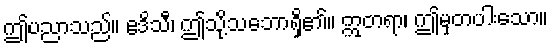
ဤပညာသည်။ ဧဒိသီ၊ ဤသို့သဘောရှိ၏။ ဣတရာ၊ ဤမှတပါးသော။